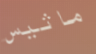
ماثيس